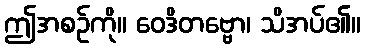
ဤအစဉ်ကို။ ဝေဒိတဗ္ဗော၊ သိအပ်၏။